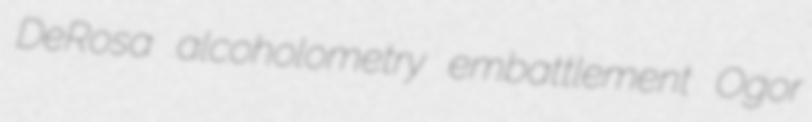
DeRosa alcoholometry embattlement Ogor